Lunatic asylums Punjab 1895-1910 - 1895-1910
Year: 1895
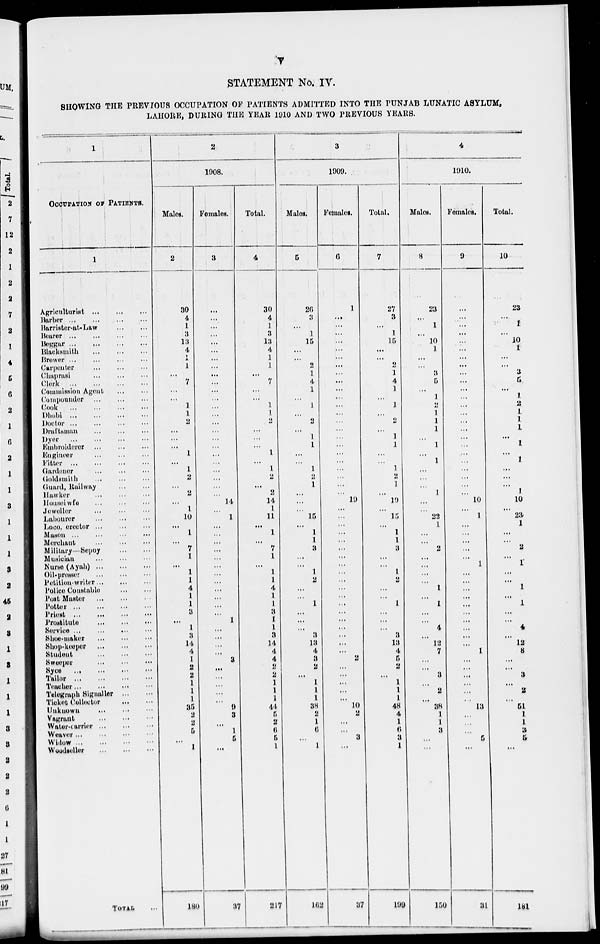
v
STATEMENT No. IV.
SHOWING THE PREVIOUS OCCUPATION OF PATIENTS ADMITTED INTO THE PUNJAB LUNATIC ASYLUM,
LAHORE, DURING THE YEAR 1910 AND TWO PREVIOUS YEARS.
1
OCCUPATION OF PATIENTS.
1
Agriculturist ... ... ...
Barber
...
...
...
Barrister-at-Law ... ...
Dourer
...
...
...
Beggar
...
...
...
Blacksmith
...
...
...
Brewer
...
...
...
Carpenter ... ... ...
Chaprasi
...
...
...
Clerk
...
...
...
Commission Agent
...
...
Compounder
...
...
...
Cook
...
...
...
Dhobi
...
...
...
Doctor
...
...
...
Draftsman
...
...
...
Dyer
...
...
...
Embroiderer
...
...
...
Engineer
...
...
...
Fitter
...
...
...
Gardener
...
...
...
Goldsmith
...
...
...
Guard, Railway ... ...
Hawker
...
...
...
Houselwfe
...
...
...
Jeweller ... ... ...
Labourer
...
...
...
Loco,
ereetor ... ... ...
Mason
...
...
...
Merehant
...
...
...
Military—Sepoy ... ...
Musician
...
...
...
Nurse (Ayah)
...
...
...
Oil-presser
...
...
...
Potition-writer
...
...
...
Police Constable ... ...
Post Master
...
...
...
Potter
...
...
...
Priest
...
...
...
Prostitute
...
...
...
Service
...
...
...
Shoe-maker ... ... ...
Shop-keeper
...
...
...
Student
...
...
...
Sweeper
...
...
...
Syce
...
...
...
Tailor
...
...
...
Toucher
...
...
...
Telegraph Signalier ... ...
Ticket Collector ... ...
Unknown
...
...
...
Vagrant
...
...
...
Water-carrier ... ... ...
Weaver
...
...
...
Widow
...
...
...
Woodseller
...
...
...
TOTAL ...
2
1908.
Males.
2
30
4
1
8
18
4
1
1
...
7
...
...
1
1
2
...
...
...
1
...
1
2
...
2
...
1
10
...
1
...
7
1
...
1
1
4
1
1
3
...
1
3
14
4
1
2
2
1
1
1
35
2
2
5
...
1
180
Females.
3
...
...
...
...
...
...
...
...
...
...
...
...
...
...
...
...
...
...
...
...
...
...
...
...
14
...
1
...
...
...
...
...
...
...
...
...
...
...
...
1
...
...
...
...
3
...
...
...
...
...
9
3
...
1
5
...
37
Total.
4
30
4
1
8
18
4
1
1
...
7
...
...
1
1
2
...
...
...
1
...
1
2
...
2
14
1
11
...
1
...
7
1
...
1
1
4
1
1
3
1
1
3
14
4
4
2
2
1
1
1
44
5
2
6
5
1
217
3
1909.
Males.
5
26
3
...
1
15
...
...
2
1
4
1
...
1
...
2
...
1
1
...
...
1
2
1
...
...
...
15
...
1
1
3
...
...
1
2
...
...
1
...
...
...
3
13
4
3
2
...
1
1
1
38
2
1
6
...
1
162
Females.
6
1
...
...
...
...
...
...
...
...
...
...
...
...
...
...
...
...
...
...
...
...
...
...
...
19
...
...
...
...
...
...
...
...
...
...
...
...
...
...
...
...
...
...
...
2
...
...
...
...
...
10
2
...
...
3
...
37
Total.
7
27
3
...
1
15
...
...
2
1
4
1
...
1
...
2
...
1
1
...
...
1
2
1
...
19
...
15
...
1
1
3
...
...
1
2
...
...
1
...
...
...
3
13
4
5
2
...
1
1
1
48
4
1
6
3
1
199
4
1910.
Males.
8
28
...
1
...
10
1
...
...
3
5
...
1
2
1
1
1
...
1
...
1
...
...
...
1
...
...
22
1
...
...
2
...
...
...
...
1
...
1
...
...
4
...
12
7
...
...
3
...
2
...
38
1
1
3
...
...
150
Females.
9
...
...
...
...
...
...
...
...
...
...
...
...
...
...
...
...
...
...
...
...
...
...
...
...
10
...
1
...
...
...
...
...
1
...
...
...
...
...
...
...
...
...
...
1
...
...
...
...
...
...
13
...
...
...
5
...
31
Total.
10
28
...
1
...
10
1
...
...
3
5
...
1
2
1
1
1
...
1
...
1
...
...
...
1
10
...
23
1
...
...
2
...
1
...
...
1
...
1
...
...
4
...
12
8
...
...
3
...
2
...
51
1
1
3
5
...
181